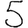
Digit: 5